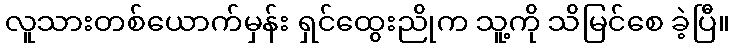
လူသားတစ်ယောက်မှန်း ရှင်ထွေးညိုက သူ့ကို သိမြင်စေ ခဲ့ပြီ။